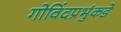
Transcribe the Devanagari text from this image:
गोविंदप्रभुंकडे